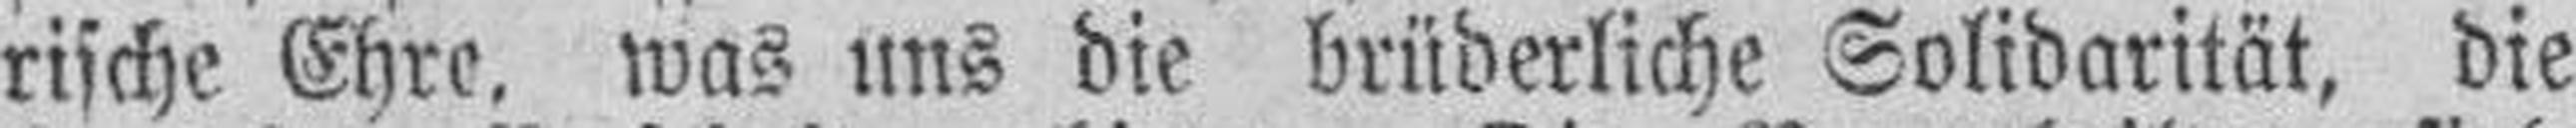
rische Ehre, was uns die brüderliche Solidarität, die